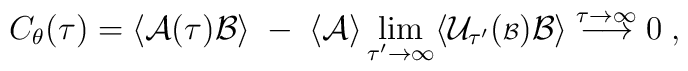
C_\theta(\tau) = \langle {\cal A}(\tau) {\cal B} \rangle \; - \;\langle {\cal A} \rangle \lim_{\tau^\prime \rightarrow \infty}\langle {\cal U}_{\tau^\prime} ( {\scriptstyle {\cal B}}){\cal B} \rangle \stackrel{\tau \rightarrow \infty}{\longrightarrow} 0 \; ,